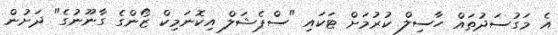
އެ މަގުސަދުތައް ހާސިލް ކުރުމަށް ޓަކައި "ސްޕެޝަލް އިކޮނަމިކް ޒޯންގެ ގާނޫނުގެ" ދަށުން